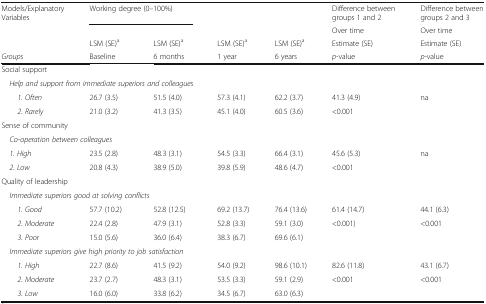
| Models/Explanatory Variables | <COLSPAN=2> Working degree (0–100%) |  |  | Difference between groups 1 and 2 | Difference between groups 2 and 3 |
 |  |  |  |  |  | Over time | Over time |
 |  | LSM (SE)a | LSM (SE)a | LSM (SE)a | LSM (SE)a | Estimate (SE) | Estimate (SE) |
 | Groups | Baseline | 6 months | 1 year | 6 years | p-value | p-value |
 | --- | --- | --- | --- | --- | --- | --- |
 | <COLSPAN=7> Social support |
 | <COLSPAN=7> Help and support from immediate superiors and colleagues |
 | 1. Often | 26.7 (3.5) | 51.5 (4.0) | 57.3 (4.1) | 62.2 (3.7) | 41.3 (4.9) | na |
 | 2. Rarely | 21.0 (3.2) | 41.3 (3.5) | 45.1 (4.0) | 60.5 (3.6) | <0.001 |  |
 | <COLSPAN=7> Sense of community |
 | <COLSPAN=7> Co-operation between colleagues |
 | 1. High | 23.5 (2.8) | 48.3 (3.1) | 54.5 (3.3) | 66.4 (3.1) | 45.6 (5.3) | na |
 | 2. Low | 20.8 (4.3) | 38.9 (5.0) | 39.8 (5.9) | 48.6 (4.7) | <0.001 |  |
 | <COLSPAN=7> Quality of leadership |
 | <COLSPAN=7> Immediate superiors good at solving conflicts |
 | 1. Good | 57.7 (10.2) | 52.8 (12.5) | 69.2 (13.7) | 76.4 (13.6) | 61.4 (14.7) | 44.1 (6.3) |
 | 2. Moderate | 22.4 (2.8) | 47.9 (3.1) | 52.8 (3.3) | 59.1 (3.0) | <0.001) | <0.001 |
 | 3. Poor | 15.0 (5.6) | 36.0 (6.4) | 38.3 (6.7) | 69.6 (6.1) |  |  |
 | <COLSPAN=7> Immediate superiors give high priority to job satisfaction |
 | 1. High | 22.7 (8.6) | 41.5 (9.2) | 54.0 (9.2) | 98.6 (10.1) | 82.6 (11.8) | 43.1 (6.7) |
 | 2. Moderate | 23.7 (2.7) | 48.3 (3.1) | 53.5 (3.3) | 59.1 (2.9) | <0.001 | <0.001 |
 | 3. Low | 16.0 (6.0) | 33.8 (6.2) | 34.5 (6.7) | 63.0 (6.3) |  |  |